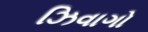
ઝિવાગો